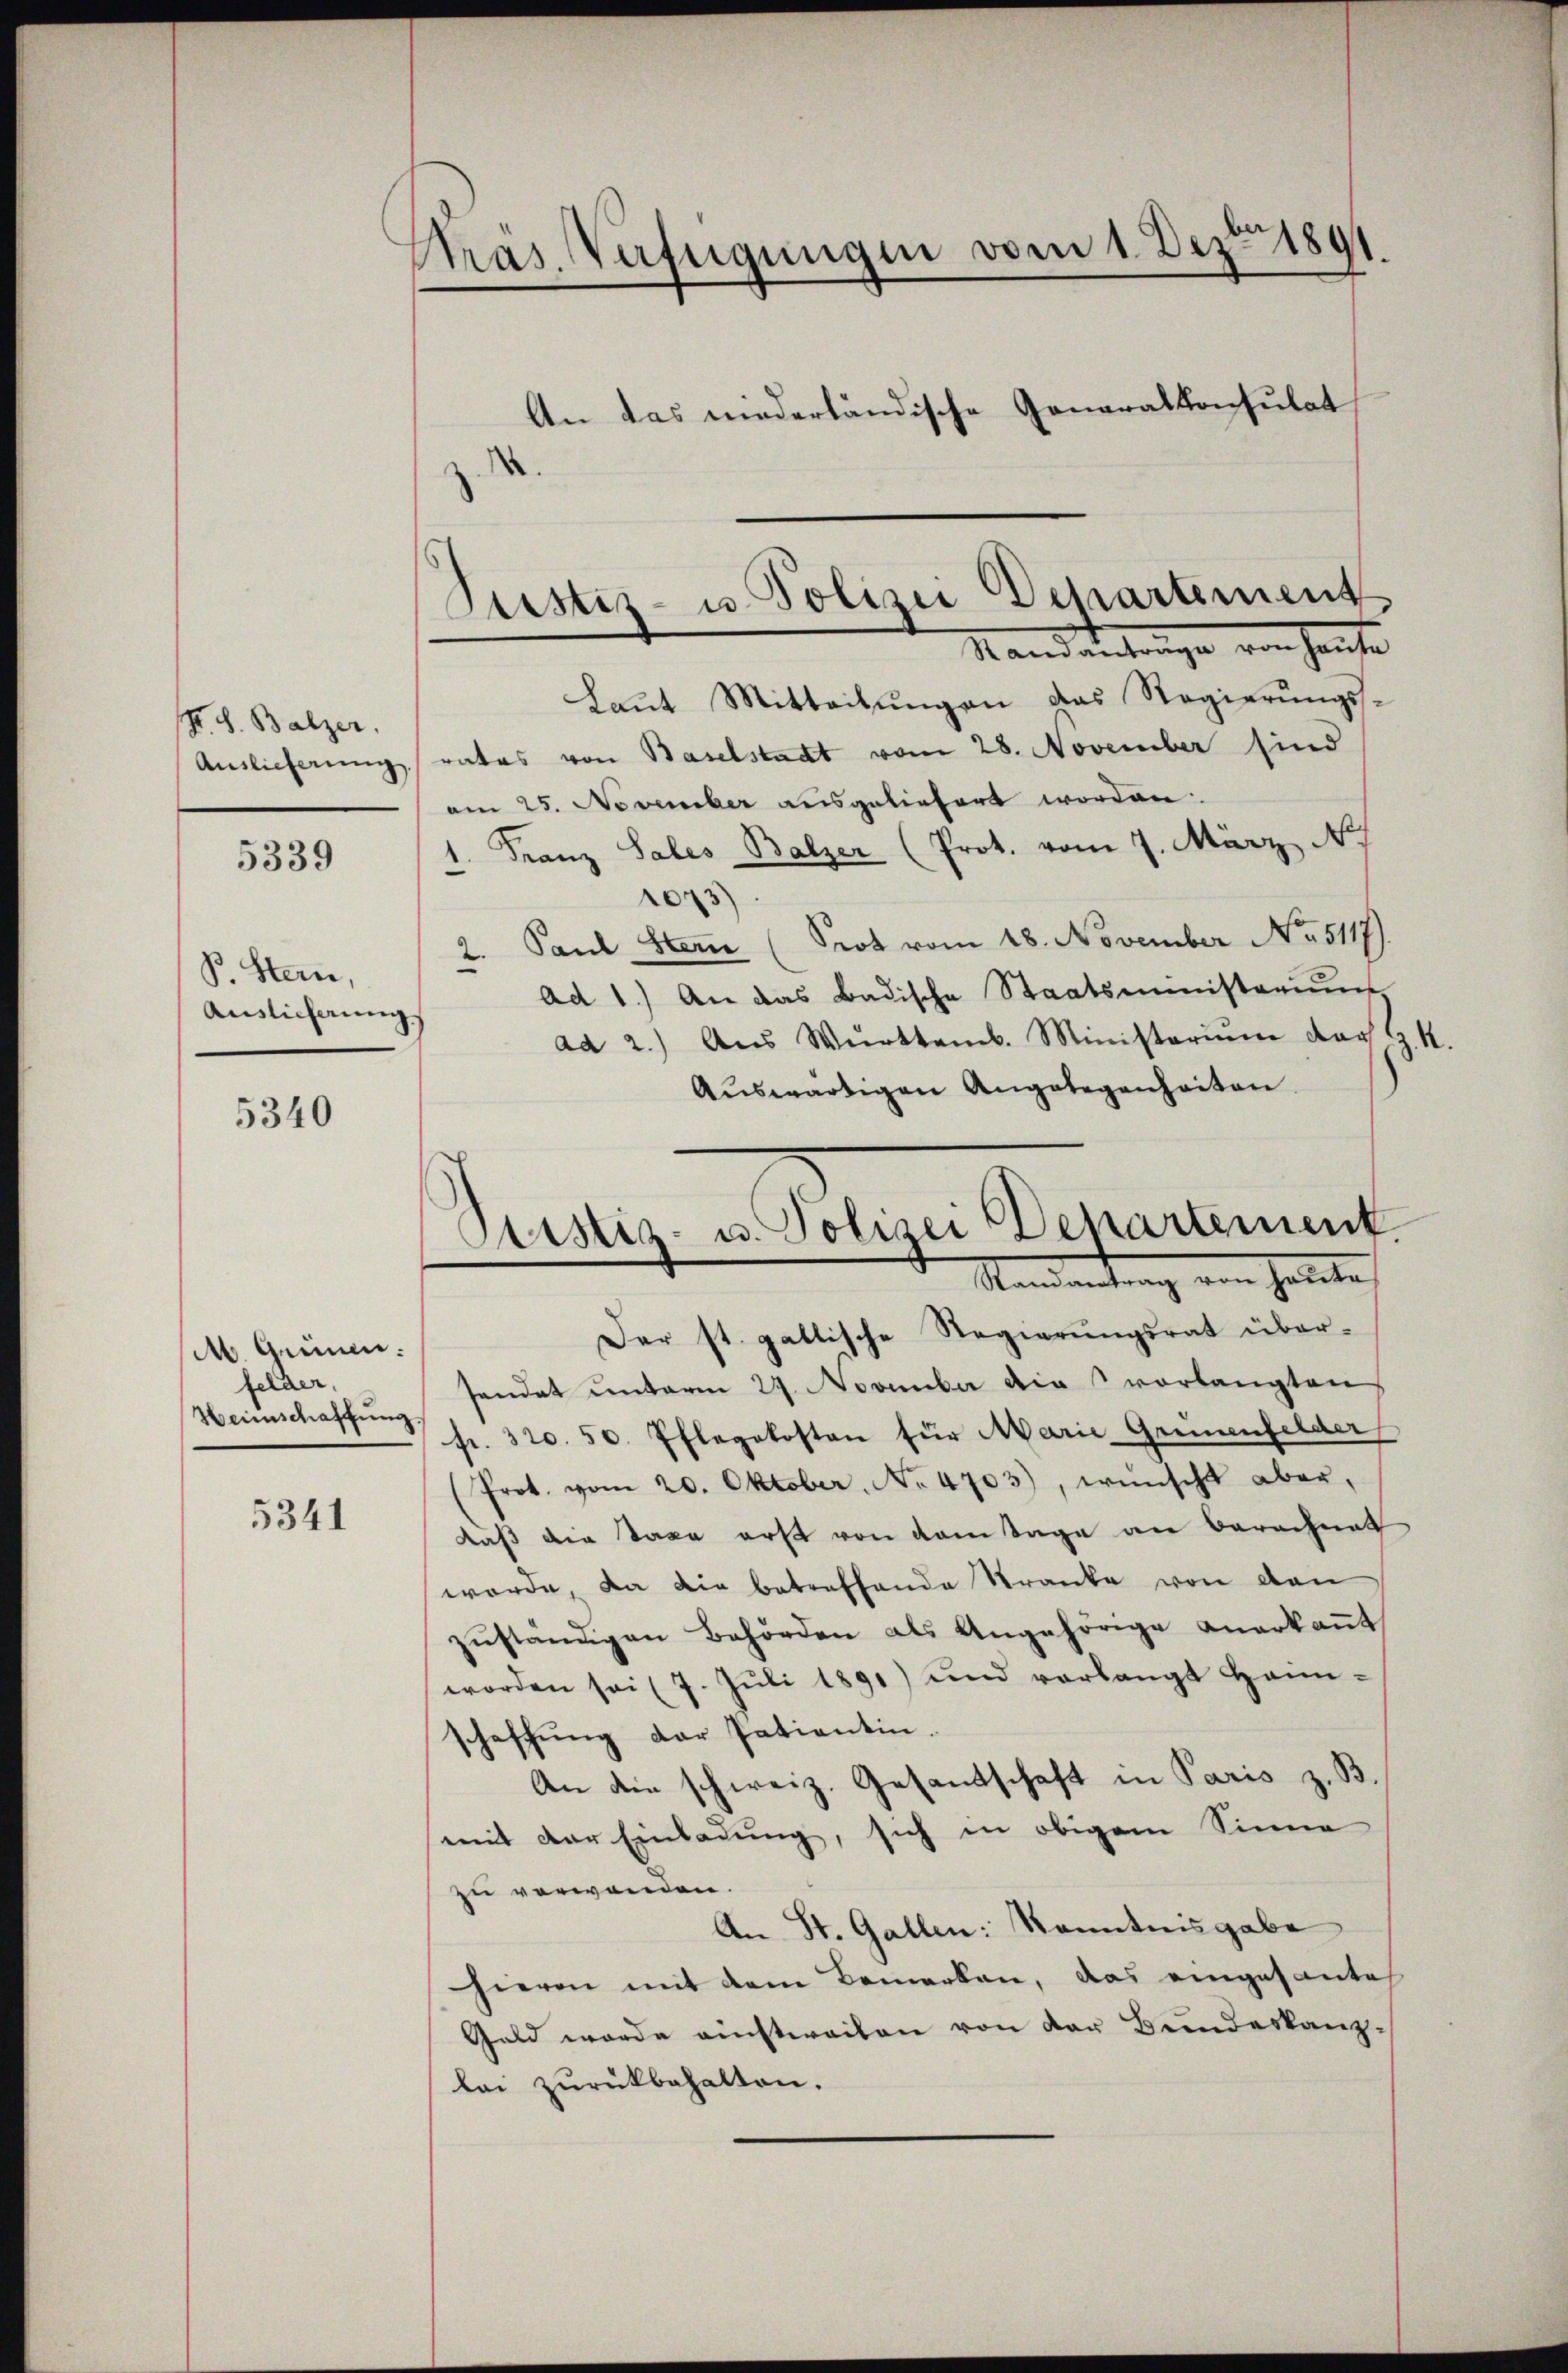
R. S. Balzer.
Auslieferung

5339

B. Stein,
Auslicherung

5340

M. Gemei
felder,
Heimschaffung

5341

Präs. Verfügungen vom 1. Dez. 1891.
An das niederländische Generalkonsulat

Laŭt Mitteilŭngen das Regierŭngs-
rates von Baselstadt vom 28. November sind
am 25. November ausgeliefert worden:
1. Franz Sales Balzer (Prot. vom 7. März N
1073)
2. Paul Stern (Prot vom 18. November No. 5117)
ad 1.) An das Badische Staatsministerium
ad 2.) Aus Württemb. Ministeriŭm dar G. K.
Auswärtigen Angelegenheiten.
Der st. gallische Regierungsrat über-
sendet unterm 27. November die vorlangten
fr. 320. 50. Pflegekosten für Marie Grünenfelder
(Prot. vom 20. Oktober, No. 4703), wünscht aber,
daß die Taxa erst von dem Tage an Berechnet
worde, da die betreffende Stranke von den
zŭständigen Behörden als Angehörige anerkaṅt
worden sei (7. Jŭli 1891) und verlangt hann-
schaffŭng der Patientin.
An die schweiz. Gesandschaft in Paris z. B.
mit der Einladung, sich in obigem Sinne
zu verwanden.
An St. Gallen: Kenntnisgabe
hievon mit dem Bemerken, das eingesante
Geld werde nichtereiben von der Bundeskanz-
lei zurückbehalten.

Justiz- u. Polizei Departement
Mandantrage von heute

Cistiz- u. Polizei Departement.
Randantrag von heute